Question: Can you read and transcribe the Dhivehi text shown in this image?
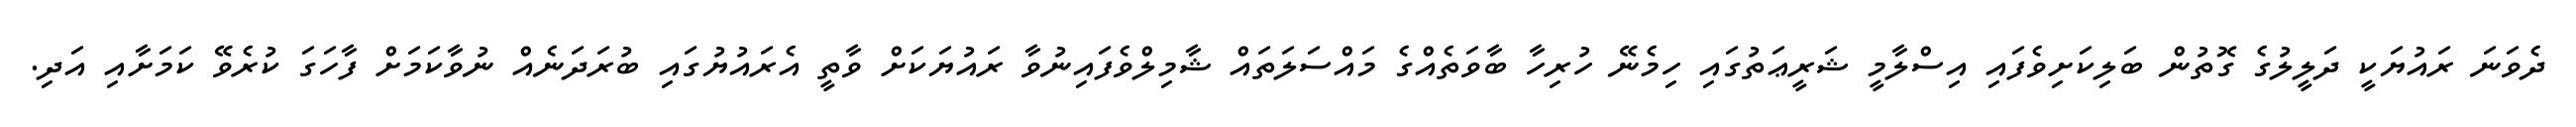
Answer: ދެވަނަ ރައުޔަކީ ދަލީލުގެ ގޮތުން ބަލިކަށިވެފައި އިސްލާމީ ޝަރީޢަތުގައި ހިމެނޭ ހުރިހާ ބާވަތެއްގެ މައްސަލަތައް ޝާމިލްވެފައިނުވާ ރައުޔަކަށް ވާތީ އެރައުޔުގައި ބުރަދަނެއް ނުވާކަމަށް ފާހަގަ ކުރެވޭ ކަމަށާއި އަދި.